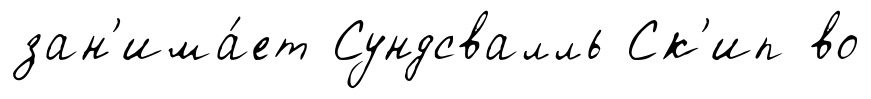
зан'има́ет Сундсвалль Ск'ип во